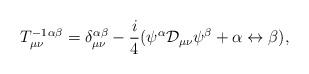
LaTeX: \begin{align*}T^{-1}_{\mu\nu}{}^{\alpha \beta} = \delta^{\alpha \beta}_{\mu \nu} - \frac{i}{4}(\psi^{\alpha} {\cal D}_{\mu \nu} \psi^{\beta} + \alpha \leftrightarrow \beta),\end{align*}